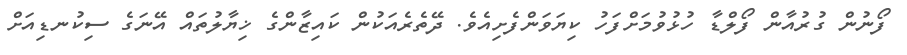
ފޯނުން ގުރުއާން ފޯލްޑާ ހުޅުވުމަށްފަހު ކިޔަވަންފެށިއެވެ. ދޭތެރެއަކުން ކައިޒާންގެ ޚިޔާލުތައް އޭނަގެ ސިކުނޑިއަށް